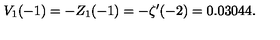
V _ { 1 } ( - 1 ) = - Z _ { 1 } ( - 1 ) = - \zeta ^ { \prime } ( - 2 ) = 0 . 0 3 0 4 4 .